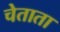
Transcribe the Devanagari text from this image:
चेताता